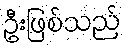
ဦးဖြစ်သည်